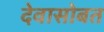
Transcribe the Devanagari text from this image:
देवासोबत